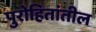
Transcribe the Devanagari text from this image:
पुरोहितांतील